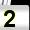
Digit: 2